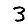
Digit: 3